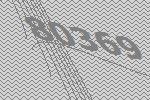
80369